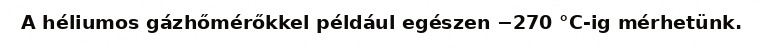
A héliumos gázhőmérőkkel például egészen −270 °C-ig mérhetünk.